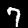
Label: 7